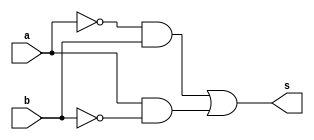
// --------------------- 
// Exercicio06
// Nome: Raphael Quintao 
// ---------------------

 
module xorgate (output s, input a, input b); 
assign s = (~a & b) | (a & ~b) ; 
endmodule // 
// --------------------- 
// -- 
// --------------------- 
module test; 
// ------------------------- dados locais 
reg a,b; // definir registrador 
wire s; // definir conexao (fio) 
// ------------------------- instancia 
xorgate xor1 (s, a, b); 
// ------------------------- preparacao 
initial begin:start 
a=0;  
b=0; 
end 
// ------------------------- parte principal 
initial begin:main 
$display("Exercicio 06 - Raphael Quintao - 445171"); 
$display("Test XOR gate"); 
$display("\n(~a & b) | (a & ~b) = s\n");
$monitor("%b XOR %b = %b", a, b, s);
#1 a=0; b=0; 
#1 a=0; b=1; 
#1 a=1; b=0; 
#1 a=1; b=1; 

end 
endmodule //